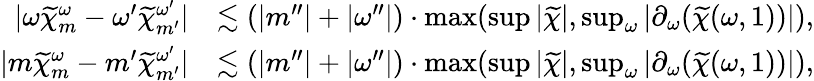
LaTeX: \begin{array}{rl}{|\omega\widetilde{\chi}_{m}^{\omega}-\omega^{\prime}\widetilde{\chi}_{m^{\prime}}^{\omega^{\prime}}|}&{\lesssim(|m^{\prime\prime}|+|\omega^{\prime\prime}|)\cdot\operatorname*{max}(\operatorname*{sup}|\widetilde{\chi}|,\operatorname*{sup}_{\omega}|\partial_{\omega}(\widetilde{\chi}(\omega,1))|),}\\ {|m\widetilde{\chi}_{m}^{\omega}-m^{\prime}\widetilde{\chi}_{m^{\prime}}^{\omega^{\prime}}|}&{\lesssim(|m^{\prime\prime}|+|\omega^{\prime\prime}|)\cdot\operatorname*{max}(\operatorname*{sup}|\widetilde{\chi}|,\operatorname*{sup}_{\omega}|\partial_{\omega}(\widetilde{\chi}(\omega,1))|),}\end{array}